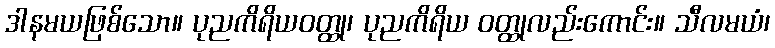
ဒါနမယဖြစ်သော။ ပုညကိရိယဝတ္ထု၊ ပုညကိရိယ ဝတ္ထုလည်းကောင်း။ သီလမယံ၊